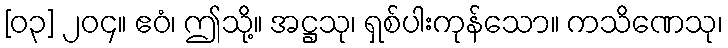
[၀၃] ၂၀၄။ ဧဝံ၊ ဤသို့။ အဋ္ဌသု၊ ရှစ်ပါးကုန်သော။ ကသိဏေသု၊